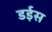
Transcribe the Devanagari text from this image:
डईस